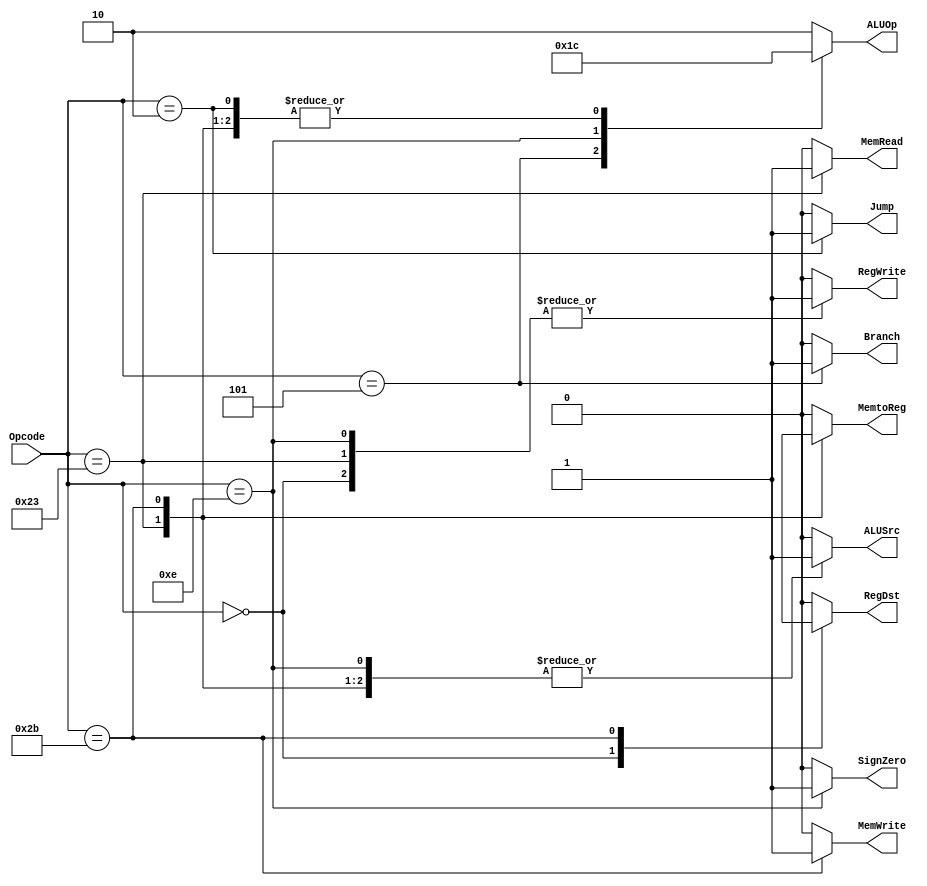
`timescale 1 ps / 100 fs
module control(
RegDst,
ALUSrc,
MemtoReg,
RegWrite,
MemRead,
MemWrite,
Branch,
ALUOp,
Jump,
SignZero,
Opcode
);

output RegDst,ALUSrc,MemtoReg,RegWrite,MemRead,MemWrite,Branch,Jump,SignZero;
output [1:0] ALUOp;
input [5:0] Opcode;
reg RegDst,ALUSrc,MemtoReg,RegWrite,MemRead,MemWrite,Branch,Jump,SignZero;
reg [1:0] ALUOp;
always @(*)
casex (Opcode)
 6'b000000 : begin // R - type
     RegDst = 1'b1;
     ALUSrc = 1'b0;
     MemtoReg= 1'b0;
     RegWrite= 1'b1;
     MemRead = 1'b0;
     MemWrite= 1'b0;
     Branch = 1'b0;
     ALUOp = 2'b10;
     Jump = 1'b0;
     SignZero= 1'b0;
    end
 6'b100011 : begin // lw - load word
     RegDst = 1'b0;
     ALUSrc = 1'b1;
     MemtoReg= 1'b1;
     RegWrite= 1'b1;
     MemRead = 1'b1;
     MemWrite= 1'b0;
     Branch = 1'b0;
     ALUOp = 2'b00;
     Jump = 1'b0;
     SignZero= 1'b0; // sign extend
    end
 6'b101011 : begin // sw - store word
     RegDst = 1'bx;
     ALUSrc = 1'b1;
     MemtoReg= 1'bx;
     RegWrite= 1'b0;
     MemRead = 1'b0;
     MemWrite= 1'b1;
     Branch = 1'b0;
     ALUOp = 2'b00;
     Jump = 1'b0;
     SignZero= 1'b0;
    end
 6'b000101 : begin // bne - branch if not equal
     RegDst = 1'b0;
     ALUSrc = 1'b0;
     MemtoReg= 1'b0;
     RegWrite= 1'b0;
     MemRead = 1'b0;
     MemWrite= 1'b0;
     Branch = 1'b1;
     ALUOp = 2'b01;
     Jump = 1'b0;
     SignZero= 1'b0; // sign extend
    end
 6'b001110 : begin // XORI - XOR immidiate
     RegDst = 1'b0;
     ALUSrc = 1'b1;
     MemtoReg= 1'b0;
     RegWrite= 1'b1;
     MemRead = 1'b0;
     MemWrite= 1'b0;
     Branch = 1'b0;
     ALUOp = 2'b11;
     Jump = 1'b0;
     SignZero= 1'b1; // zero extend
    end
 6'b000010 : begin // j - Jump
     RegDst = 1'b0;
     ALUSrc = 1'b0;
     MemtoReg= 1'b0;
     RegWrite= 1'b0;
     MemRead = 1'b0;
     MemWrite= 1'b0;
     Branch = 1'b0;
     ALUOp = 2'b00;
     Jump = 1'b1;
     SignZero= 1'b0;
    end
 default : begin 
     RegDst = 1'b0;
     ALUSrc = 1'b0;
     MemtoReg= 1'b0;
     RegWrite= 1'b0;
     MemRead = 1'b0;
     MemWrite= 1'b0;
     Branch = 1'b0;
     ALUOp = 2'b10;
     Jump = 1'b0;
     SignZero= 1'b0;
    end
 
endcase

endmodule